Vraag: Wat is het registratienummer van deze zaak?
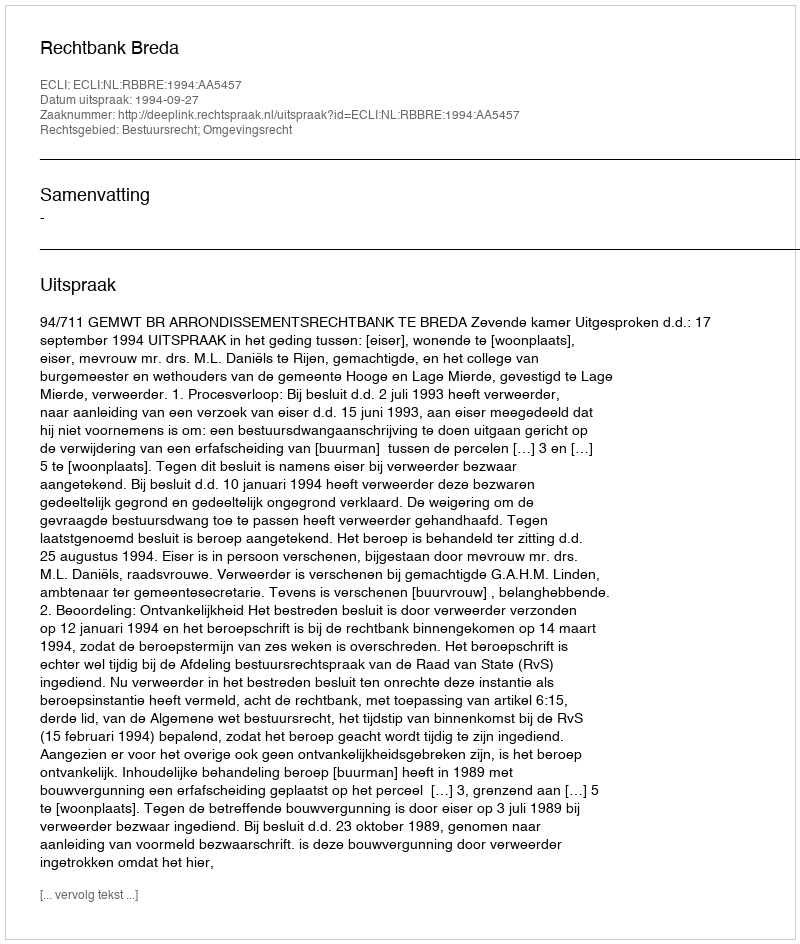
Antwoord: http://deeplink.rechtspraak.nl/uitspraak?id=ECLI:NL:RBBRE:1994:AA5457